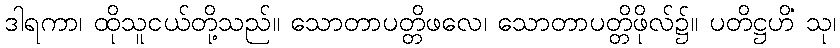
ဒါရကာ၊ ထိုသူငယ်တို့သည်။ သောတာပတ္တိဖလေ၊ သောတာပတ္တိဖိုလ်၌။ ပတိဋ္ဌဟိံ သု၊